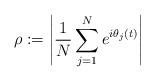
LaTeX: \begin{align*}\rho := \left| \frac1N \sum_{j=1}^N e^{i \theta_j(t)} \right|\end{align*}